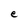
Character: e